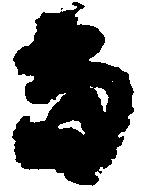
当